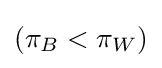
(\pi _{B}<\pi _{W})